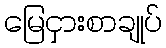
မြေငှားစာချုပ်